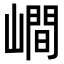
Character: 𡼏